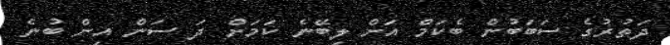
ދަތުރުގެ ސަބަބުން ބެކަމް އަށް ލިބޭނެ ކަމަށް ދަ ސަން އިން ބުނެ